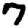
Digit: 7